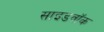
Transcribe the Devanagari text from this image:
साइडवॉक